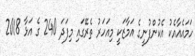
ހަމައެއާއެކު އެކުންފުނީގެ އަމާޒަކީ މިއަހަރު ތެރޭގައި މިފަދަ 240 ގެ އަޅާ 2018